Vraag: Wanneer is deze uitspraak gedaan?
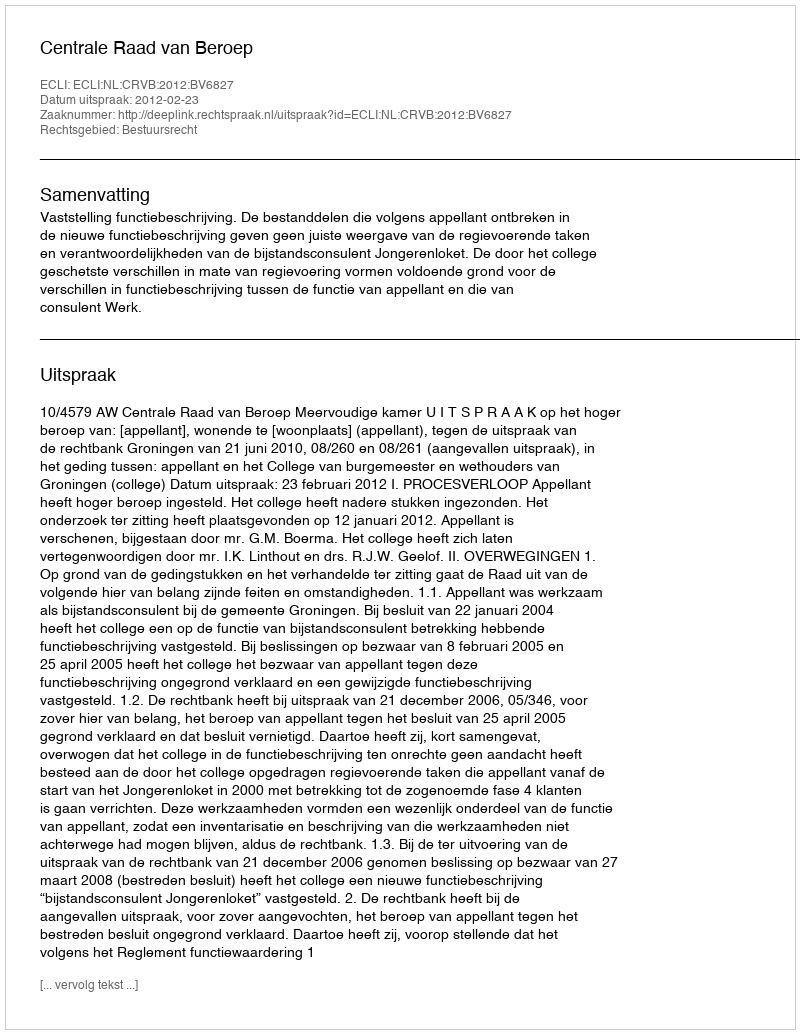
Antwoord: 2012-02-23